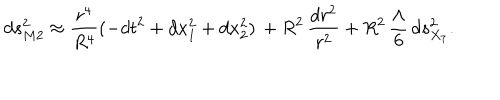
d s _ { M 2 } ^ { 2 } \approx { \frac { r ^ { 4 } } { R ^ { 4 } } } ( - d t ^ { 2 } + d x _ { 1 } ^ { 2 } + d x _ { 2 } ^ { 2 } ) \, + R ^ { 2 } \, \frac { d r ^ { 2 } } { r ^ { 2 } } + R ^ { 2 } \, \frac { \Lambda } { 6 } \, d s _ { X _ { 7 } } ^ { 2 } .